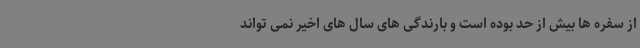
از سفره ها بیش از حد بوده است و بارندگی های سال های اخیر نمی تواند